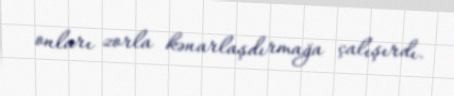
onları zorla kənarlaşdırmağa çalışırdı.